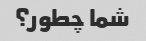
شما چطور؟